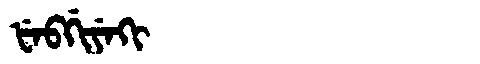
Manchu: ᡶᡝᠪᡤᡳᠶᡝᡴᡳ
Romanization: FEBGIYEKI